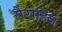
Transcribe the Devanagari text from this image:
पैराडिज